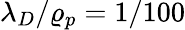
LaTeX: \lambda_{D}/\varrho_{p}=1/100